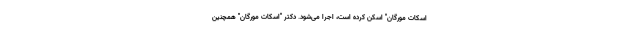
اسکات مورگان" اسکن کرده است، اجرا می‌شود. دکتر "اسکات مورگان" همچنین